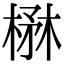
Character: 楙